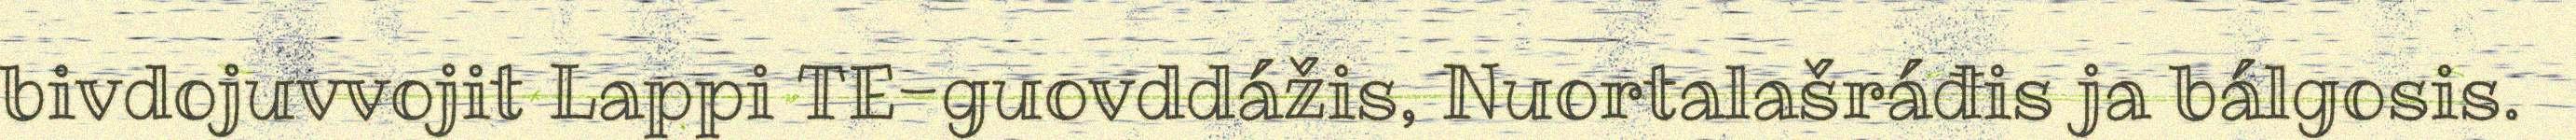
bivdojuvvojit Lappi TE-guovddážis, Nuortalašráđis ja bálgosis.